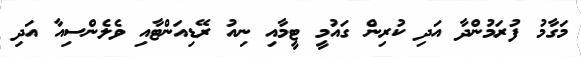
މަގާމު ފުރަމުންދާ އަދި ކުރިން ގައުމީ ޓީމާއި ނިއު ރޭޑިއަންޓާއި ވެލެންސިއާ އަދި